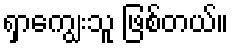
ရှာကျွေးသူ ဖြစ်တယ်။